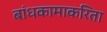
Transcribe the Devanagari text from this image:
बांधकामाकरिता